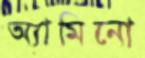
অ্যামিনো